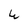
Character: W